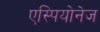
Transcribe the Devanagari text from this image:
एस्पियोनेज